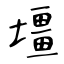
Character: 壃